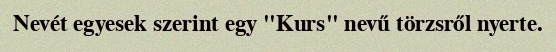
Nevét egyesek szerint egy "Kurs" nevű törzsről nyerte.